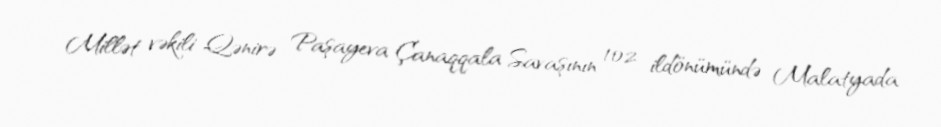
Millət vəkili Qənirə Paşayeva Çanaqqala Savaşının 102 ildönümündə Malatyada